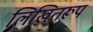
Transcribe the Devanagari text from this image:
लिखितरूप